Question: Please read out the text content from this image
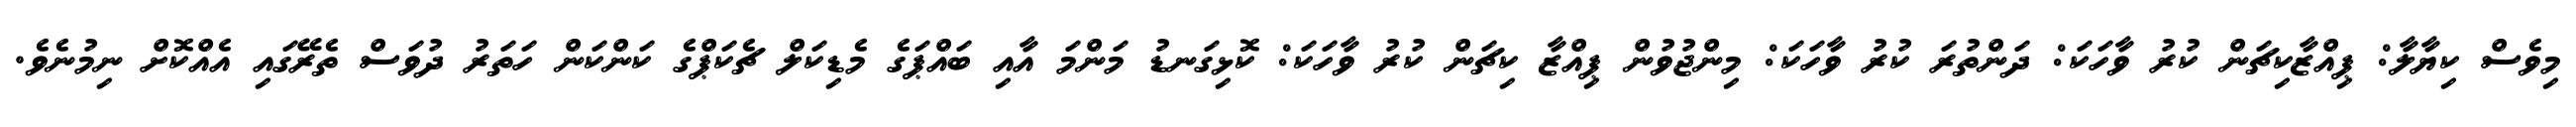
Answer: މިވެސް ކިޔާލާ: ޕިއްޒާކިޗަން ކުރު ވާހަކަ: ދަންތުރަ ކުރު ވާހަކަ: މިންޖުވުން ޕިއްޒާ ކިޗަން ކުރު ވާހަކަ: ކޮޅިގަނޑު މަންމަ އާއި ބައްޕަގެ މެޑިކަލް ޗެކަޕްގެ ކަންކަން ހަތަރު ދުވަސް ތެރޭގައި އެއްކޮށް ނިމުނެވެ.